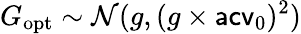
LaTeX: G_{\mathrm{opt}}\sim\mathcal N(g,(g\times\mathsf{acv}_{0})^{2})